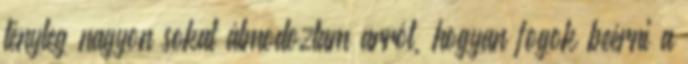
tényleg nagyon sokat álmodoztam arról, hogyan fogok beérni a